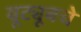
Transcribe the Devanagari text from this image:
यूट्यूबचे